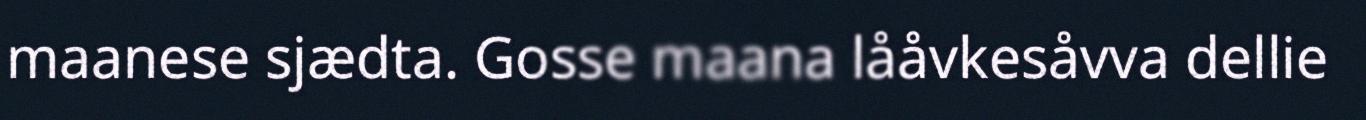
maanese sjædta. Gosse maana lååvkesåvva dellie